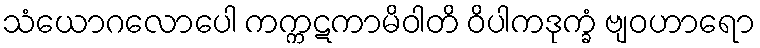
သံယောဂလောပေါ ကက္ကဋကာမိဝါတိ ဝိပါကဒုက္ခံ ဗျဝဟာရော